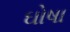
ઘોષા